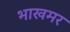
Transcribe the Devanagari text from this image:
भाखमर